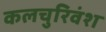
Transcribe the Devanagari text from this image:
कलचुरिवंश